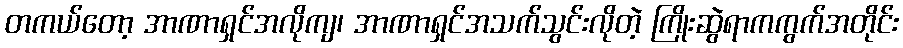
တကယ်တော့ အာဏာရှင်အလိုကျ၊ အာဏာရှင်အသက်သွင်းလိုတဲ့ ကြိုးဆွဲရာကကွက်အတိုင်း